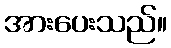
အားပေးသည်။